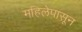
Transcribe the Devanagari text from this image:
महिलेपासून